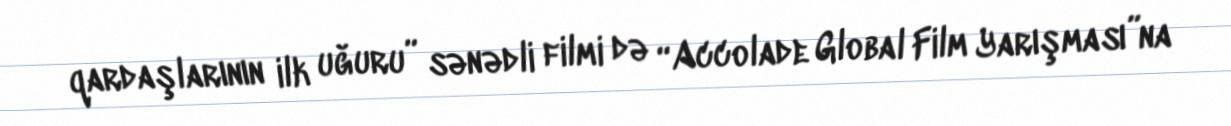
qardaşlarının ilk uğuru” sənədli filmi də “Accolade Global Film Yarışması”na